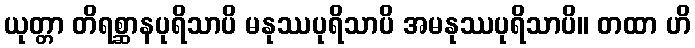
ယုတ္တာ တိရစ္ဆာနပုရိသာပိ မနုဿပုရိသာပိ အမနုဿပုရိသာပိ။ တထာ ဟိ